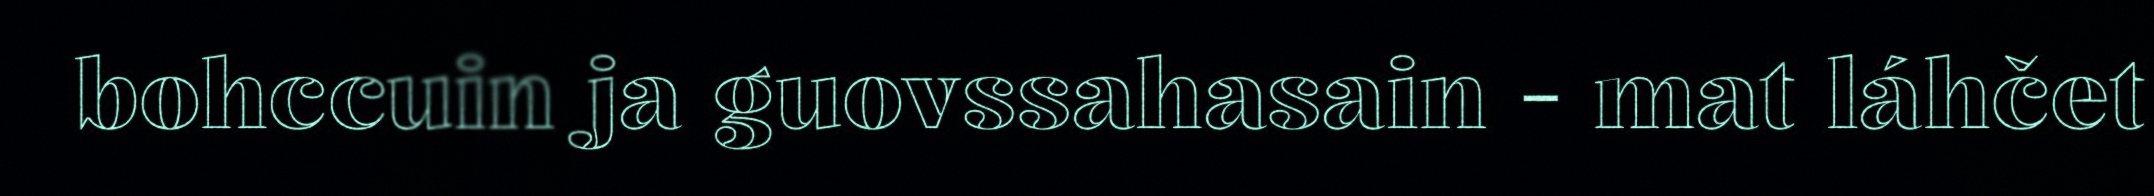
bohccuin ja guovssahasain - mat láhčet